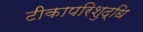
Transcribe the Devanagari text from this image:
टीकापरिशुद्धि